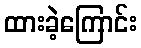
ထားခဲ့ကြောင်း